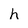
Character: h